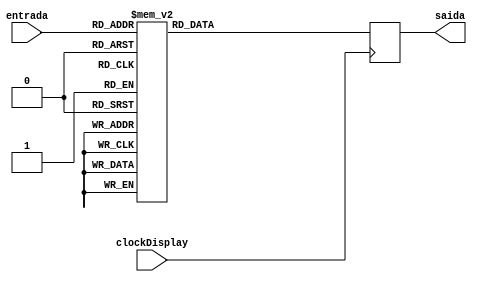
module display (entrada, clockDisplay, saida);
	input [3:0] entrada;
	input clockDisplay;
	output reg [0:6] saida;

	always @(posedge clockDisplay) begin
		case(entrada)
			0: saida=7'b0000001;
			1: saida=7'b1001111;
			2: saida=7'b0010010;
			3: saida=7'b0000110;
			4: saida=7'b1001100;
			5: saida=7'b0100100;
			6: saida=7'b0100000;
			7: saida=7'b0001111;
			8: saida=7'b0000000;
			9: saida=7'b0001100;
			10:saida=7'b0001000;
			11:saida=7'b1100000;
			12:saida=7'b0110001;
			13:saida=7'b1000010;
			14:saida=7'b0110000;
			15:saida=7'b0111000;
		endcase
	end
endmodule